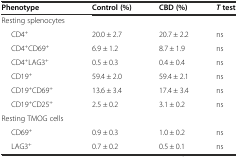
<table><thead><tr><td><b>Phenotype</b></td><td><b>Control (%)</b></td><td><b>CBD (%)</b></td><td><b><i>T</i>test</b></td></tr></thead><tbody><tr><td>Resting splenocytes</td><td></td><td></td><td></td></tr><tr><td>CD4<sup>+</sup></td><td>20.0 ± 2.7</td><td>20.7 ± 2.2</td><td>ns</td></tr><tr><td>CD4<sup>+</sup>CD69<sup>+</sup></td><td>6.9 ± 1.2</td><td>8.7 ± 1.9</td><td>ns</td></tr><tr><td>CD4<sup>+</sup>LAG3<sup>+</sup></td><td>0.5 ± 0.3</td><td>0.4 ± 0.4</td><td>ns</td></tr><tr><td>CD19<sup>+</sup></td><td>59.4 ± 2.0</td><td>59.4 ± 2.1</td><td>ns</td></tr><tr><td>CD19<sup>+</sup>CD69<sup>+</sup></td><td>13.6 ± 3.4</td><td>17.4 ± 3.4</td><td>ns</td></tr><tr><td>CD19<sup>+</sup>CD25<sup>+</sup></td><td>2.5 ± 0.2</td><td>3.1 ± 0.2</td><td>ns</td></tr><tr><td>Resting TMOG cells</td><td></td><td></td><td></td></tr><tr><td>CD69<sup>+</sup></td><td>0.9 ± 0.3</td><td>1.0 ± 0.2</td><td>ns</td></tr><tr><td>LAG3<sup>+</sup></td><td>0.7 ± 0.2</td><td>0.5 ± 0.1</td><td>ns</td></tr></tbody></table>